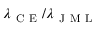
\lambda _ { \mathrm { ~ C ~ E ~ } } / \lambda _ { \mathrm { ~ J ~ M ~ L ~ } }